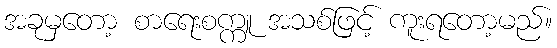
အခုမှတော့ စာရေးစက္ကူ အသစ်ဖြင့် ကူးရတော့မည်။